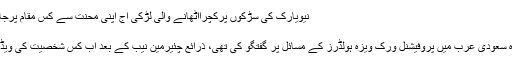
نیویارک کی سڑکوں پرکچرااٹھانے والی لڑکی آج اپنی محنت سے کس مقام پرجاپہنچی – Nation Clip
مذھبی
وزیر اعظم نے اپنے دورہ سعودی عرب میں پروفیشنل ورک ویزہ ہولڈرز کے مسائل پر گفتگو کی تھی، ذرائع چئیرمین نیب کے بعد اب کس شخصیت کی ویڈیو سامنے آنے والی ہے ؟